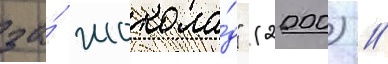
за́ шокола́д" (2000) //